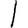
Digit: 1